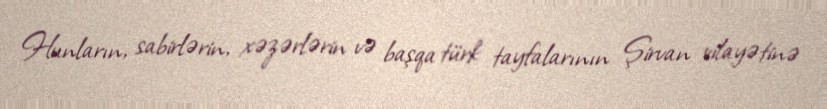
Hunların, sabirlərin, xəzərlərin və başqa türk tayfalarının Şirvan vilayətinə